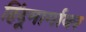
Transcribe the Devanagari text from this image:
हिंदूमार्गावर